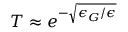
T \approx e ^ { - { \sqrt { \epsilon _ { G } / \epsilon } } }